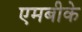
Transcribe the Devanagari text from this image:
एमबीके